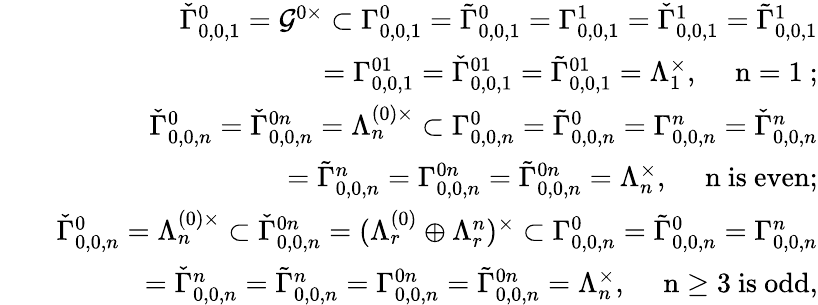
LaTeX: \begin{array}{rlr}{\! \! \! \! \! \! \! \! \! \! \! \! }&{}&{\check{\Gamma}_{0,0,1}^{0}=\mathcal{G}^{0\times}\subset{\Gamma}_{0,0,1}^{0}=\tilde{\Gamma}_{0,0,1}^{0}={\Gamma}_{0,0,1}^{1}=\check{\Gamma}_{0,0,1}^{1}=\tilde{\Gamma}_{0,0,1}^{1}}\\ {\! \! \! \! \! \! \! \! \! \! \! \! }&{}&{\qquad={\Gamma}_{0,0,1}^{01}=\check{\Gamma}_{0,0,1}^{01}=\tilde{\Gamma}_{0,0,1}^{01}=\Lambda_{1}^{\times},\quad\mathrm{~n=1~};}\\ {\! \! \! \! \! \! \! \! \! \! \! \! }&{}&{\check{\Gamma}_{0,0,n}^{0}=\check{\Gamma}_{0,0,n}^{0n}=\Lambda_{n}^{(0)\times}\subset{\Gamma}_{0,0,n}^{0}=\tilde{\Gamma}_{0,0,n}^{0}={\Gamma}_{0,0,n}^{n}=\check{\Gamma}_{0,0,n}^{n}}\\ {\! \! \! \! \! \! \! \! \! \! \! \! }&{}&{\qquad=\tilde{\Gamma}_{0,0,n}^{n}={\Gamma}_{0,0,n}^{0n}=\tilde{\Gamma}_{0,0,n}^{0n}=\Lambda_{n}^{\times},\quad\mathrm{~n~is~even};}\\ {\! \! \! \! \! \! \! \! \! \! \! \! }&{}&{\check{\Gamma}_{0,0,n}^{0}=\Lambda_{n}^{(0)\times}\subset\check{\Gamma}_{0,0,n}^{0n}=(\Lambda_{r}^{(0)}\oplus\Lambda_{r}^{n})^{\times}\subset{\Gamma}_{0,0,n}^{0}=\tilde{\Gamma}_{0,0,n}^{0}={\Gamma}_{0,0,n}^{n}}\\ {\! \! \! \! \! \! \! \! \! \! \! \! }&{}&{\qquad=\check{\Gamma}_{0,0,n}^{n}=\tilde{\Gamma}_{0,0,n}^{n}={\Gamma}_{0,0,n}^{0n}=\tilde{\Gamma}_{0,0,n}^{0n}=\Lambda_{n}^{\times},\quad\mathrm{~n\geq 3~is~odd},}\end{array}